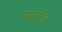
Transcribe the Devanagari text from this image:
प्रबलतीव्र